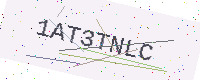
Text: 1AT3TNLC